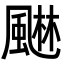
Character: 𮨭